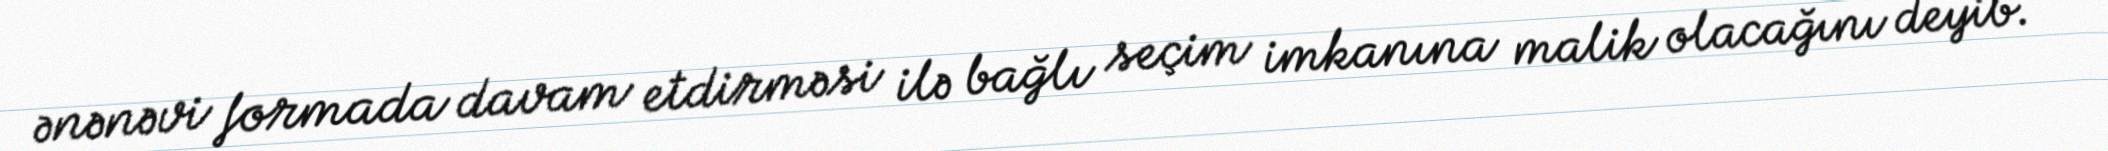
ənənəvi formada davam etdirməsi ilə bağlı seçim imkanına malik olacağını deyib.